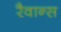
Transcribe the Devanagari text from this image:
रैवान्स